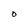
Character: O